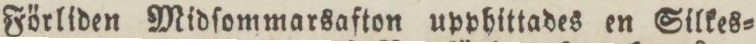
Förliden Midſommarsafton upphittades en Silkes=